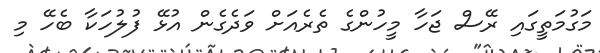
މަގުމަތީގައި ރޭސް ޖަހާ މީހުންގެ ތެރެއަށް ވަދެގެން އުޅޭ ފުލުހަކާ ބެހޭ މި